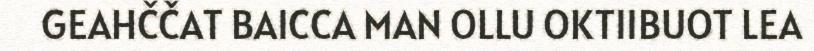
GEAHČČAT BAICCA MAN OLLU OKTIIBUOT LEA